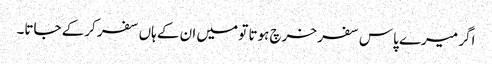
اگر میرے پاس سفر خرچ ہوتا تو میں ان کے ہاں سفر کرکے جاتا۔